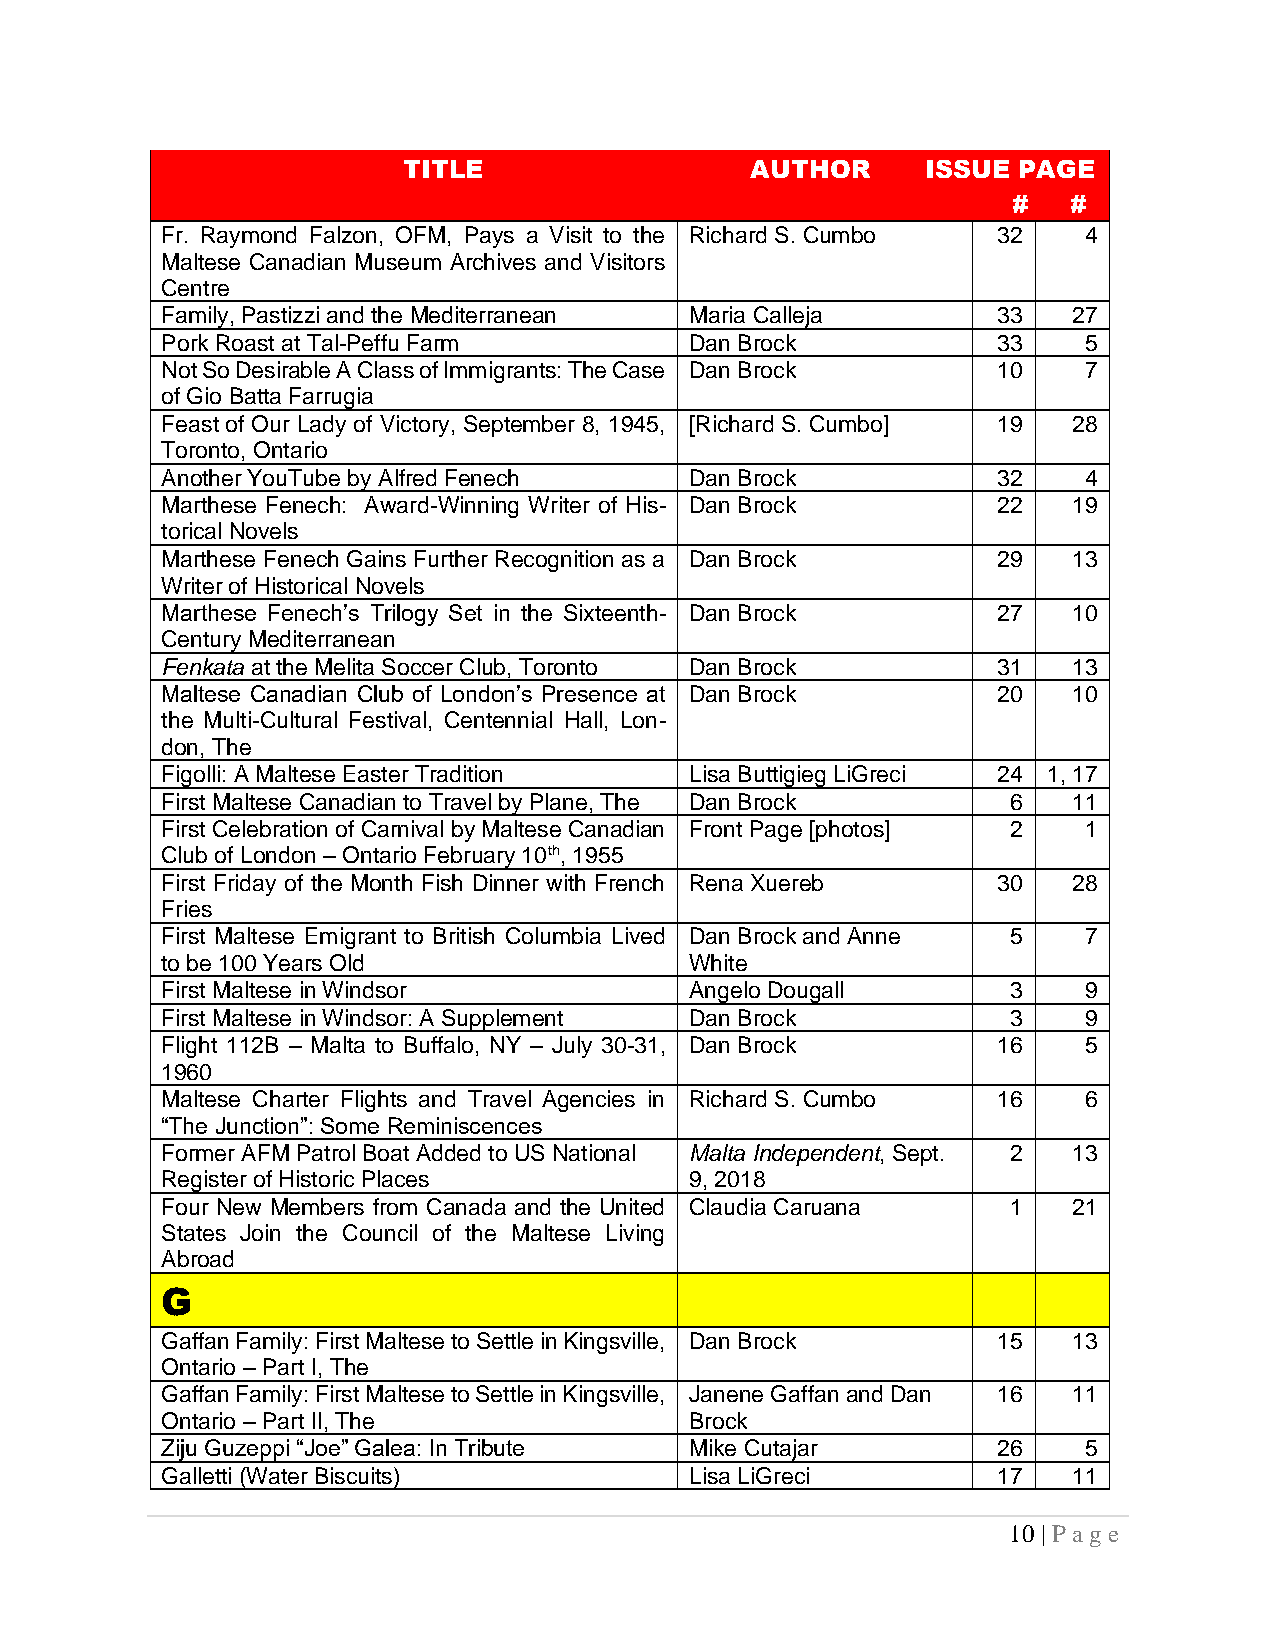
TITLE                  AUTHOR     ISSUE PAGE
 #   #
 Fr. Raymond Falzon, OFM, Pays a Visit to the Richard S. Cumbo 32 4
 Maltese Canadian Museum Archives and Visitors
 Centre
 Family, Pastizzi and the Mediterranean Maria Calleja   33   27
 Pork Roast at Tal-Peffu Farm       Dan Brock           33    5
 Not So Desirable A Class of Immigrants: The Case Dan Brock 10 7
 of Gio Batta Farrugia
 Feast of Our Lady of Victory, September 8, 1945, [Richard S. Cumbo] 19 28
 Toronto, Ontario
 Another YouTube by Alfred Fenech   Dan Brock           32    4
 Marthese Fenech: Award-Winning Writer of His- Dan Brock 22  19
 torical Novels
 Marthese Fenech Gains Further Recognition as a Dan Brock 29 13
 Writer of Historical Novels
 Marthese Fenech’s Trilogy Set in the Sixteenth- Dan Brock 27 10
 Century Mediterranean
 Fenkata at the Melita Soccer Club, Toronto Dan Brock   31   13
 Maltese Canadian Club of London’s Presence at Dan Brock 20  10
 the Multi-Cultural Festival, Centennial Hall, Lon-
 don, The
 Figolli: A Maltese Easter Tradition Lisa Buttigieg LiGreci 24 1, 17
 First Maltese Canadian to Travel by Plane, The Dan Brock 6  11
 First Celebration of Carnival by Maltese Canadian Front Page [photos] 2 1
 Club of London – Ontario February 10th, 1955
 First Friday of the Month Fish Dinner with French Rena Xuereb 30 28
 Fries
 First Maltese Emigrant to British Columbia Lived Dan Brock and Anne 5 7
 to be 100 Years Old                White
 First Maltese in Windsor           Angelo Dougall       3    9
 First Maltese in Windsor: A Supplement Dan Brock        3    9
 Flight 112B – Malta to Buffalo, NY – July 30-31, Dan Brock 16 5
 1960
 Maltese Charter Flights and Travel Agencies in Richard S. Cumbo 16 6
 “The Junction”: Some Reminiscences
 Former AFM Patrol Boat Added to US National Malta Independent, Sept. 2 13
 Register of Historic Places        9, 2018
 Four New Members from Canada and the United Claudia Caruana 1 21
 States Join the Council of the Maltese Living
 Abroad
 G
 Gaffan Family: First Maltese to Settle in Kingsville, Dan Brock 15 13
 Ontario – Part I, The
 Gaffan Family: First Maltese to Settle in Kingsville, Janene Gaffan and Dan 16 11
 Ontario – Part II, The             Brock
 Ziju Guzeppi “Joe” Galea: In Tribute Mike Cutajar      26    5
 Galletti (Water Biscuits)          Lisa LiGreci        17   11
 10 | P ag e